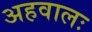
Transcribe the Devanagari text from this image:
अहवालः